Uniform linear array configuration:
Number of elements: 12
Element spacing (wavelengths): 0.75
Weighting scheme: hamming
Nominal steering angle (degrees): -60
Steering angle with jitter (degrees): -58.565
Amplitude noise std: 0.05
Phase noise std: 0.05

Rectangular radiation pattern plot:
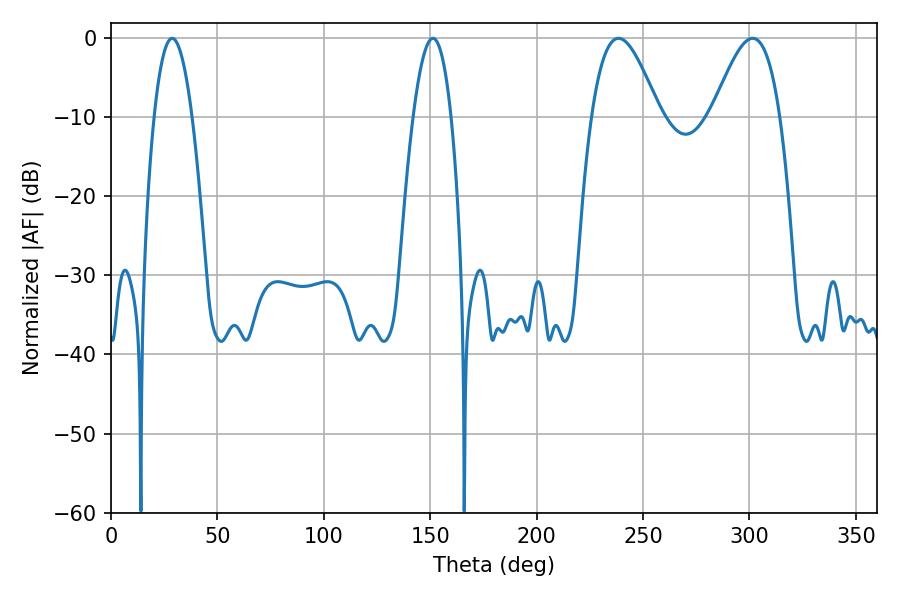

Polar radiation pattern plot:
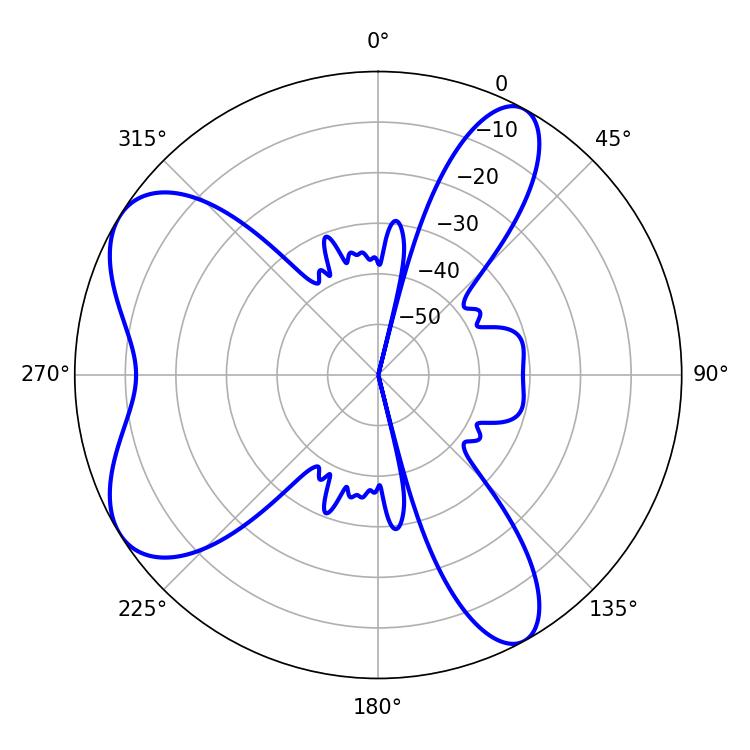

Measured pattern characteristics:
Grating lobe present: TRUE
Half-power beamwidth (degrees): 17.28
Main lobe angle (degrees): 301.5